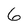
Character: 6